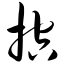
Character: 控